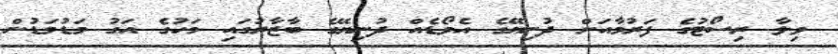
ވިލާ ރިސޯޓުގެ ފަރުމާއަށް ދުނިޔޭގެ އެވޯޑެއް ދުނިޔޭގެ ބާޒާރުގައި މަހުގެ އަގު މަޑުމަޑުން